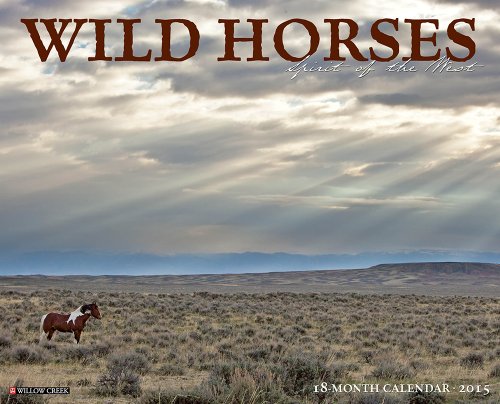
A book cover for Wild Horses 2015 Wall Calendar; Willow Creek Press; Calendars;